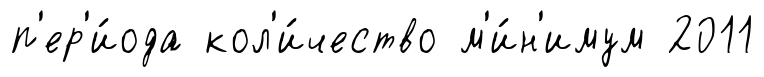
п'ер'и́ода кол'и́чество м'и́н'имум 2011